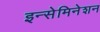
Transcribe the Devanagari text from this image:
इन्सेमिनेशन